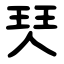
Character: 珡